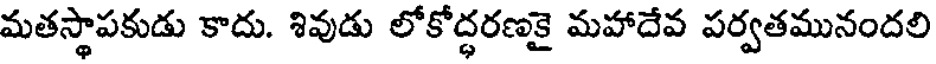
మతస్థాపకుడు కాదు. శివుడు లోకోద్ధరణకై మహాదేవ పర్వతమునందలి